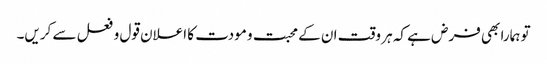
تو ہمارا بھی فرض ہے کہ ہر وقت ان کے محبت و مودت کا اعلان قول و فعل سے کریں۔